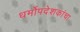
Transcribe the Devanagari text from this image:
धर्मोपदेशकांचा